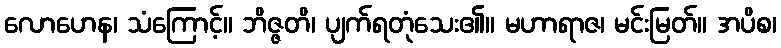
လောဟေန၊ သံကြောင့်။ ဘိဇ္ဇတိ၊ ပျက်ရတုံသေး၏။ မဟာရာဇ၊ မင်းမြတ်။ အပိစ၊